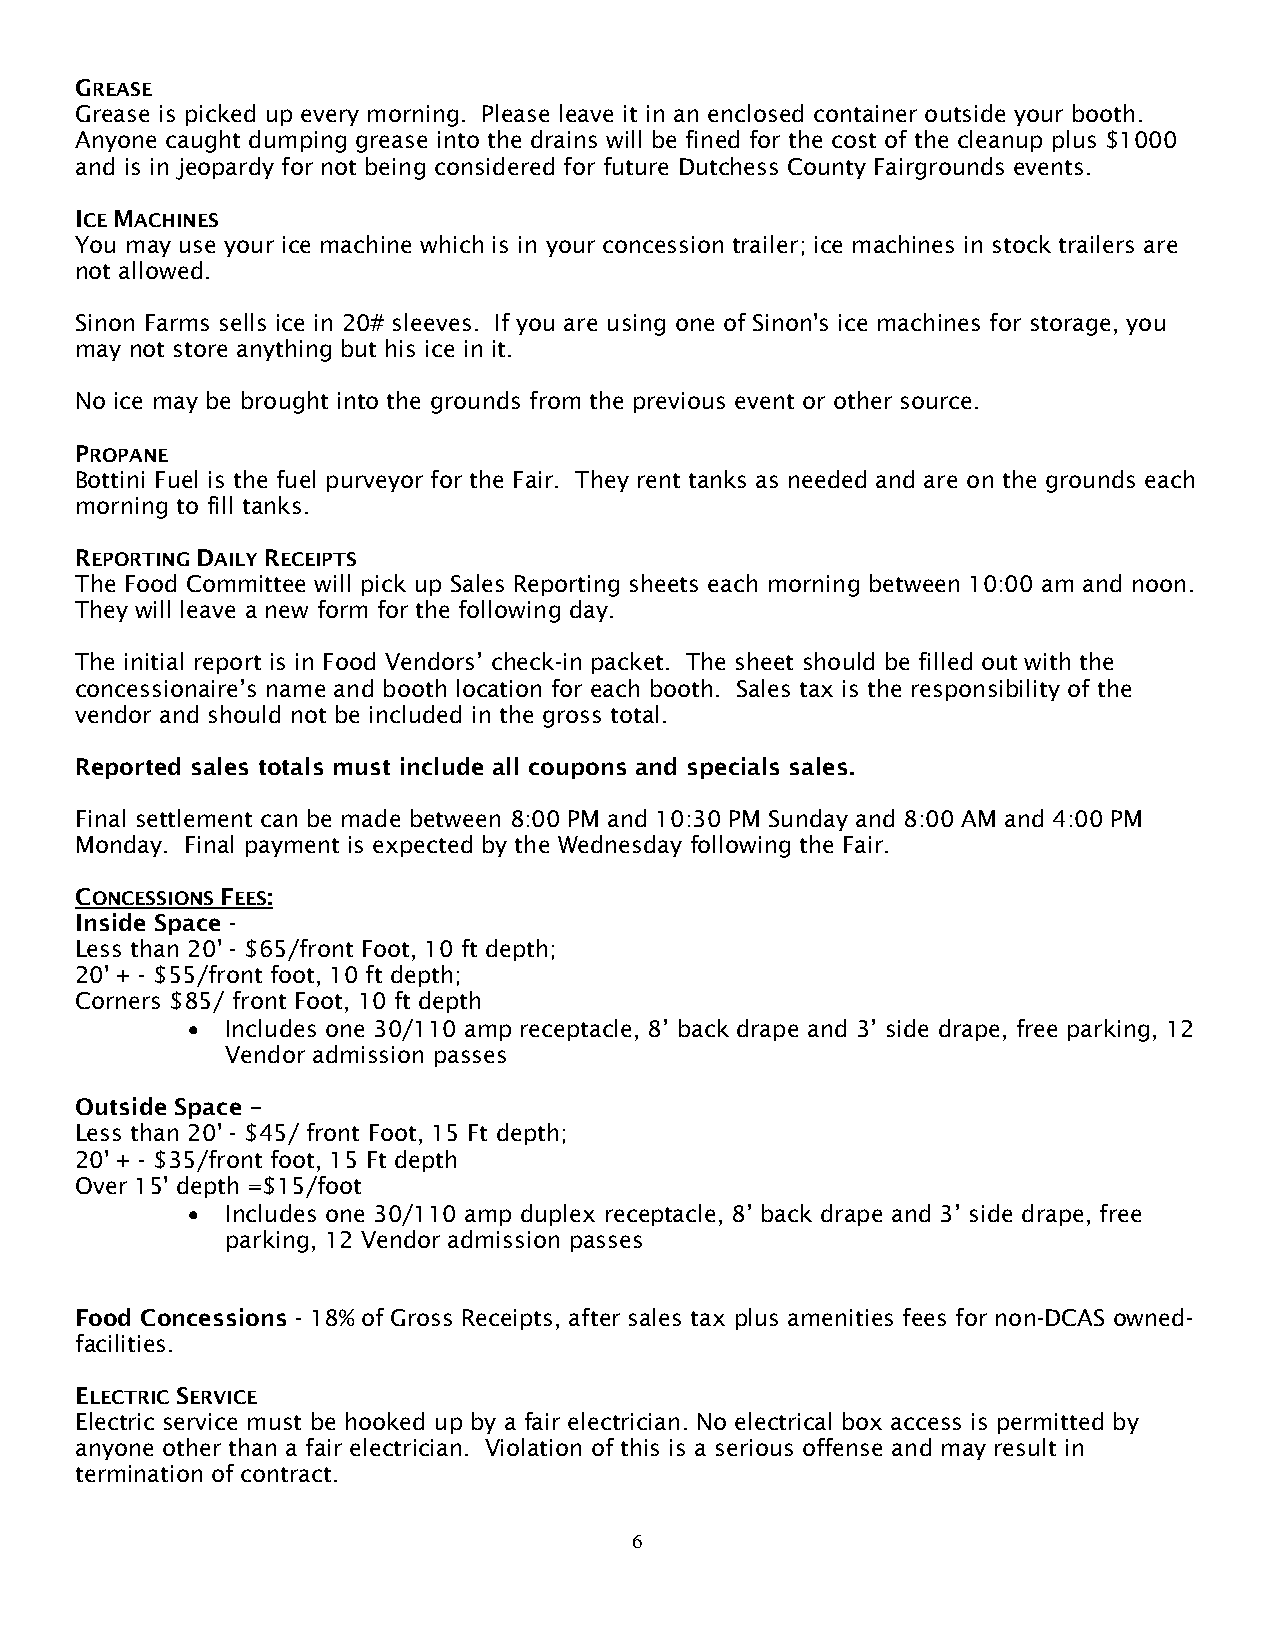
GREASE
 Grease is picked up every morning. Please leave it in an enclosed container outside your booth.
 Anyone caught dumping grease into the drains will be fined for the cost of the cleanup plus $1000
 and is in jeopardy for not being considered for future Dutchess County Fairgrounds events.
 ICE MACHINES
 You may use your ice machine which is in your concession trailer; ice machines in stock trailers are
 not allowed.
 Sinon Farms sells ice in 20# sleeves. If you are using one of Sinon's ice machines for storage, you
 may not store anything but his ice in it.
 No ice may be brought into the grounds from the previous event or other source.
 PROPANE
 Bottini Fuel is the fuel purveyor for the Fair. They rent tanks as needed and are on the grounds each
 morning to fill tanks.
 REPORTING DAILY RECEIPTS
 The Food Committee will pick up Sales Reporting sheets each morning between 10:00 am and noon.
 They will leave a new form for the following day.
 The initial report is in Food Vendors’ check-in packet. The sheet should be filled out with the
 concessionaire’s name and booth location for each booth. Sales tax is the responsibility of the
 vendor and should not be included in the gross total.
 Reported sales totals must include all coupons and specials sales.
 Final settlement can be made between 8:00 PM and 10:30 PM Sunday and 8:00 AM and 4:00 PM
 Monday. Final payment is expected by the Wednesday following the Fair.
 CONCESSIONS FEES:
 Inside Space -
 Less than 20' - $65/front Foot, 10 ft depth;
 20' + - $55/front foot, 10 ft depth;
 Corners $85/ front Foot, 10 ft depth
 •  Includes one 30/110 amp receptacle, 8’ back drape and 3’ side drape, free parking, 12
 Vendor admission passes
 Outside Space –
 Less than 20' - $45/ front Foot, 15 Ft depth;
 20' + - $35/front foot, 15 Ft depth
 Over 15' depth =$15/foot
 •  Includes one 30/110 amp duplex receptacle, 8’ back drape and 3’ side drape, free
 parking, 12 Vendor admission passes
 Food Concessions - 18% of Gross Receipts, after sales tax plus amenities fees for non-DCAS owned-
 facilities.
 ELECTRIC SERVICE
 Electric service must be hooked up by a fair electrician. No electrical box access is permitted by
 anyone other than a fair electrician. Violation of this is a serious offense and may result in
 termination of contract.
 6